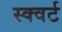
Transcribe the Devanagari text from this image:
स्क्वर्ट